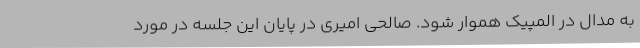
به مدال در المپیک هموار شود. صالحی امیری در پایان این جلسه در مورد